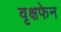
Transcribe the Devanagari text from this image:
वृक्षफेन